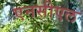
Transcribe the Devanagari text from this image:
एनसीएल